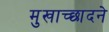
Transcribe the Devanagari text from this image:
मुखाच्छादने